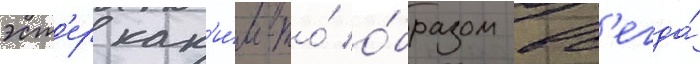
эст'ер как'и́м-то́ о́бразом вс'егда́